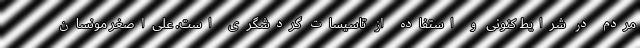
مردم در شرایط کنونی و استفاده از تاسیسات گردشگری است. علی‌اصغر مونسان